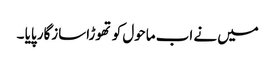
میں نے اب ماحول کو تھوڑاسازگار پایا ۔